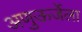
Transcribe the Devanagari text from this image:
अणुऊर्जेला